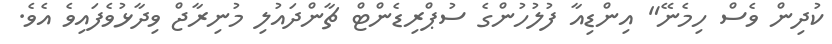
ކުދިން ވެސް ހިމެނޭ" އިންޑިއާ ފުލުހުންގެ ސުޕްރިޑެންޓް ޗާންދައުލި މުނިރާޖް ވިދާޅުވެފައިވެ އެވެ.